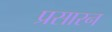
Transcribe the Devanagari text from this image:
प्रसारन